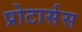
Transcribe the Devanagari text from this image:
प्रोटार्सस